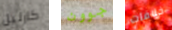
كارليل جوون خلافات